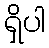
ရှိပါ